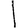
Digit: 1